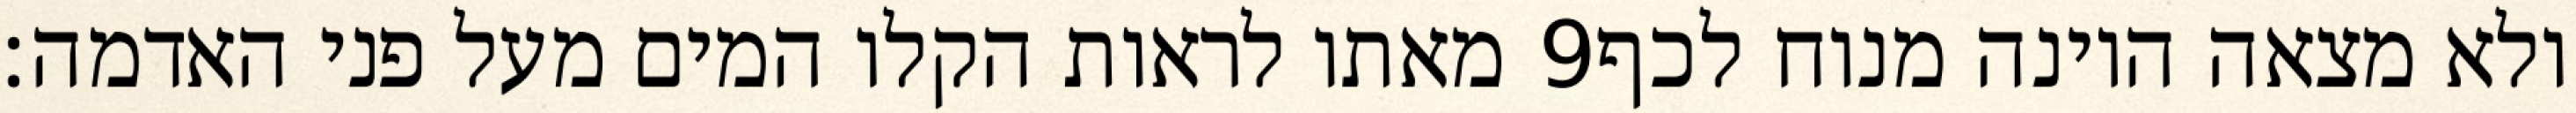
מאתו לראות הקלו המים מעל פני האדמה׃ ‎9‏ ולא מצאה היונה מנוח לכף